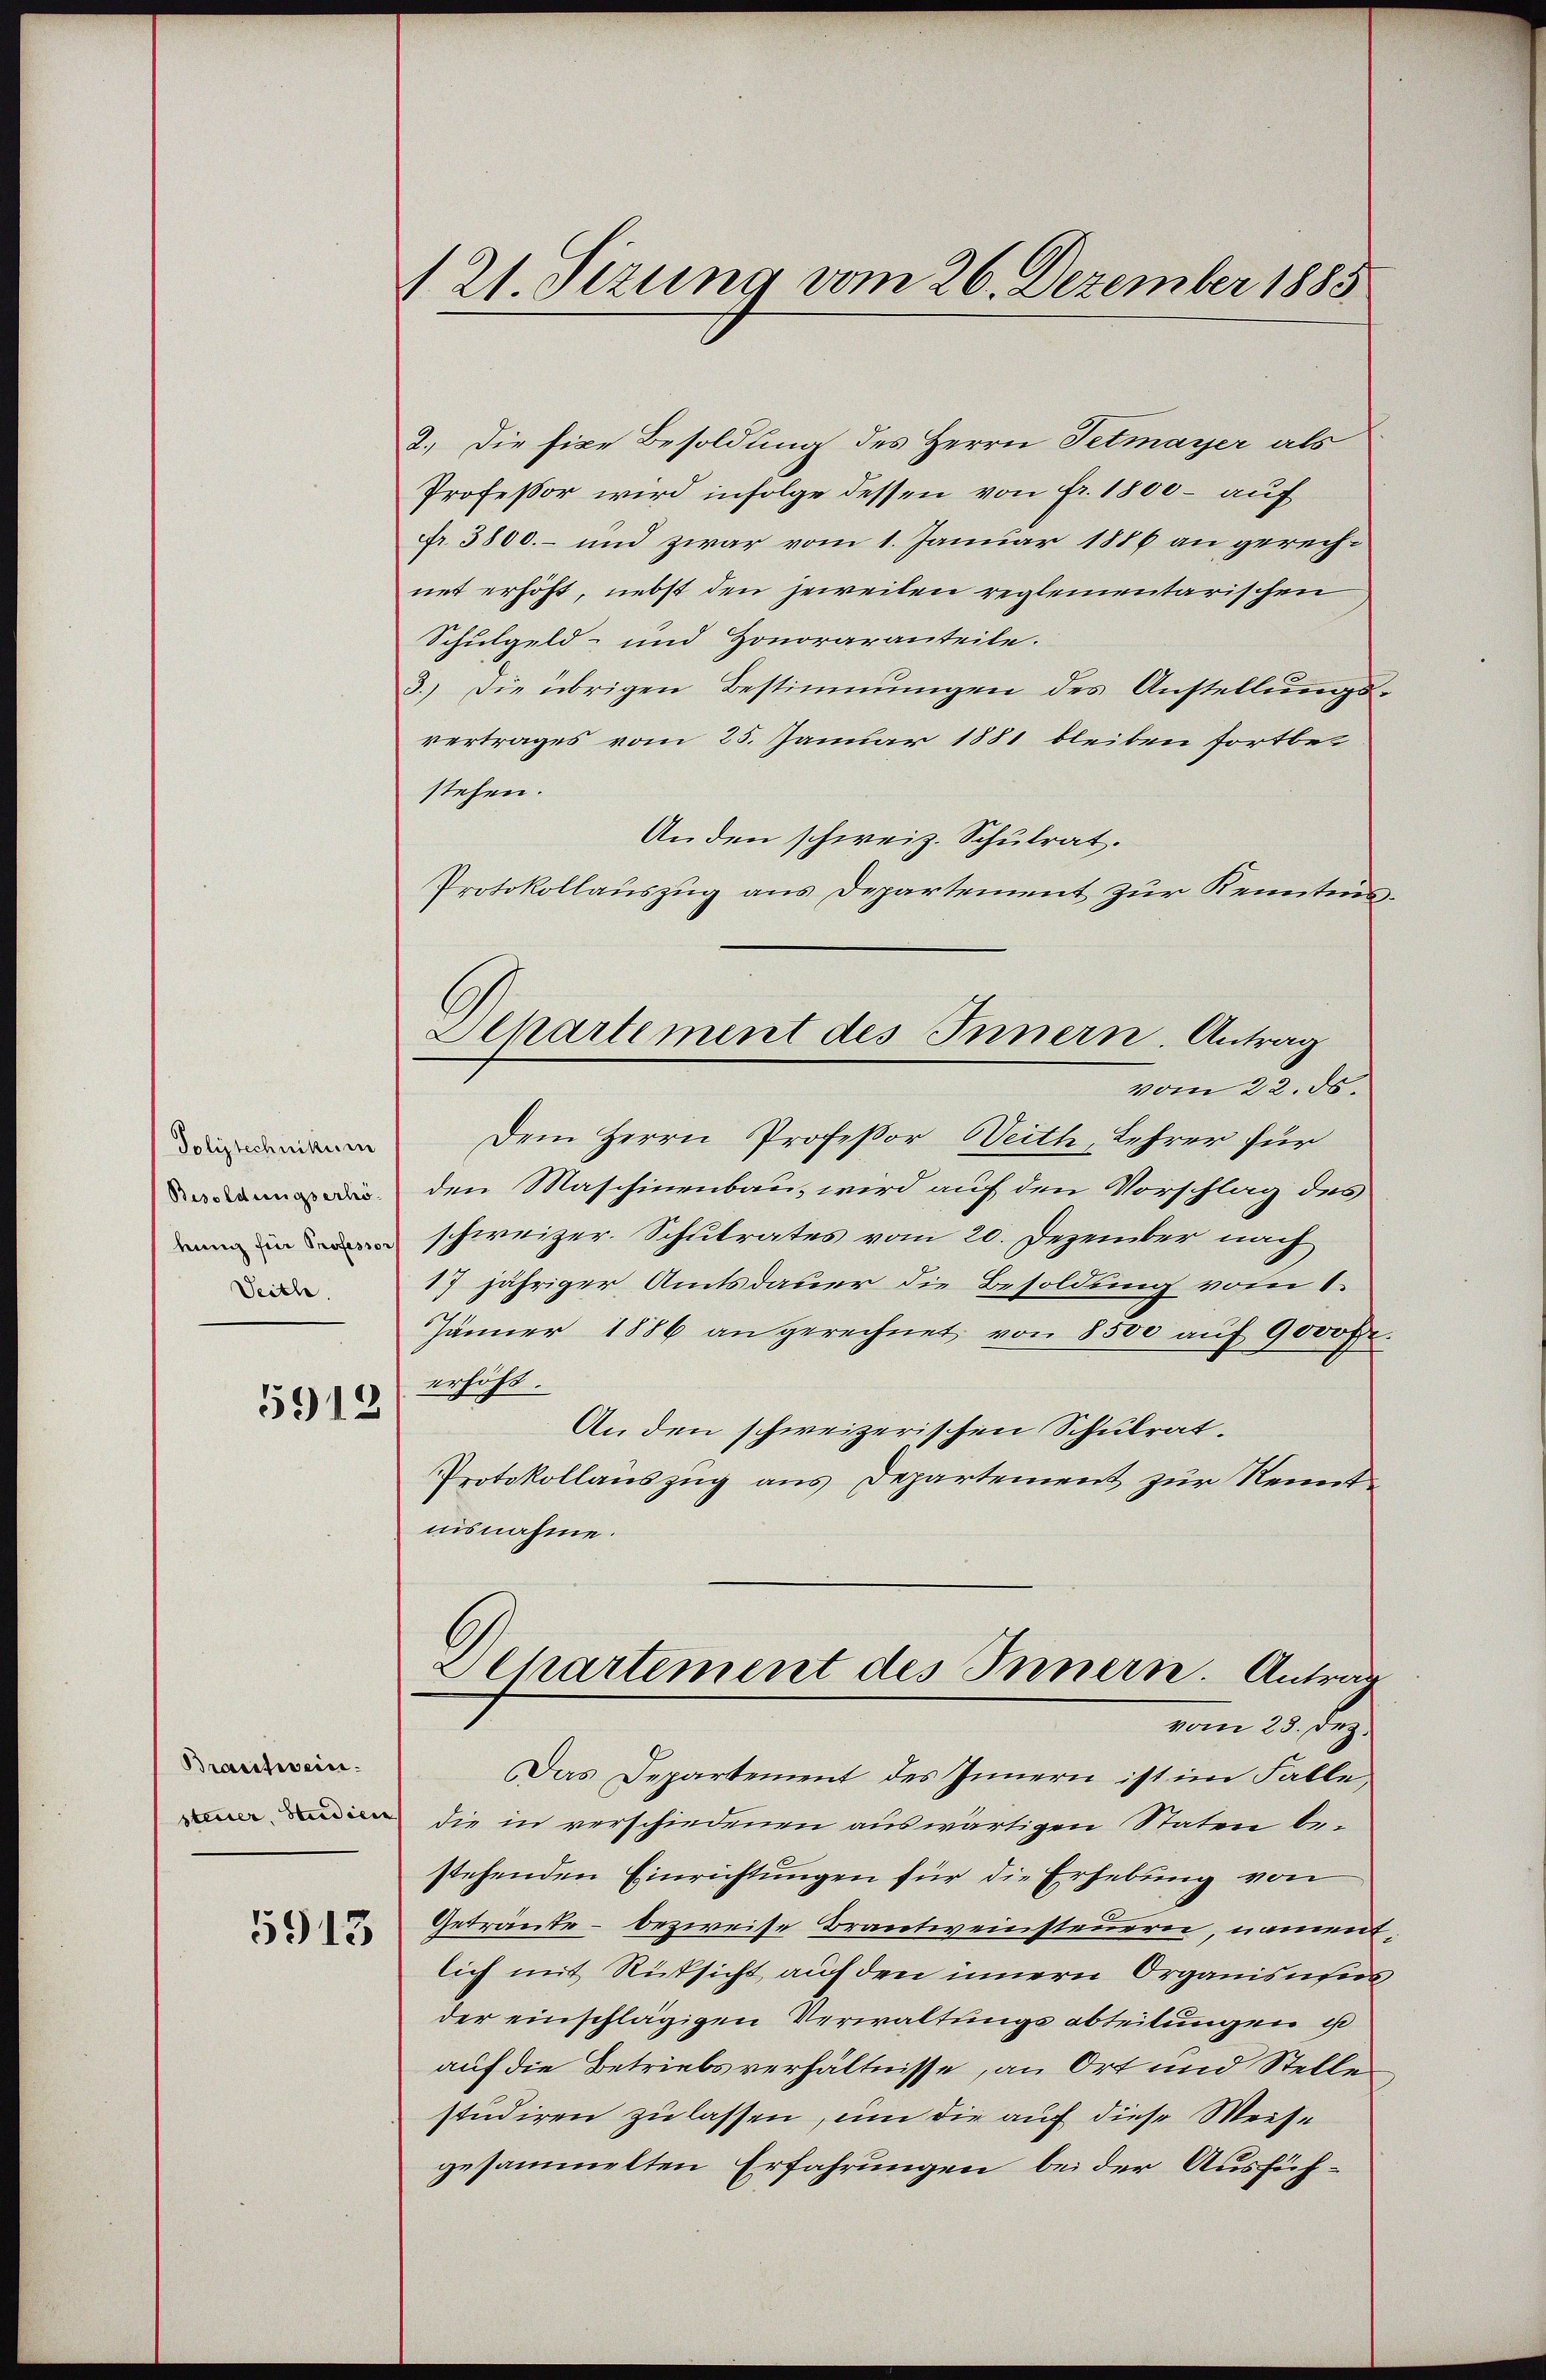
Polytechnikum
Besoldungserhöhung für Professor
Veithe.

5912

Brautwein.
steuer, Studien

5913

121. Sitzung vom 26. Dezember 1883

2.) Die fixe Besoldung des Herrn Petmayer als
Professor wird infolge dessen von fr. 1800 – auf
fr. 3800.- und zwar vom 1. Januar 1886 an gerechnet erhöht, nebst den jeweilen reglementarischen
Schulgeld- und Honoraranteile.
3.) Die übrigen Bestimmungen des Anstellungsvertrages vom 25. Januar 1881 bleiben fortbei
stehen.
Anden schweiz. Schulrat.
Protokollauszug aus Departement zur Kenntnisvom 22. ds.
Dem Herrn Professor Weith, Lehrer für
den Maschinenbau, wird auf den Vorschlag des
schweizer. Schulrates vom 20. Dezember nach
17 jähriger Amtsdauer die Besoldung vom 1.
Jänner 1886 an gerechnet, von 8500 auf 9000 Fr.
erhöht.
An den schweizerischen Schulrat.
Protokollauszug aus Departement zur Kenntnisnahme.
Departement des Innern. Antrag
vom 23. dez.
Das Departement des Innern ist im Falle
die in verschiedenen auswärtigen Staten bestehenden Einrichtungen für die Erhebung von
Geträute - bezweife Brautweinsteuern, nament
lich mit Rücksicht, auf den innern Organisiere
der einschlägigen Verwaltungsabteilungen u
auf die Betriebsverhältnisse, an Ort und Stelle
studiren zu lassen, um die auf diese Weise
gesammelten Erfahrungen bei der Ausfüh¬

Alkartement des Innern. Antrag